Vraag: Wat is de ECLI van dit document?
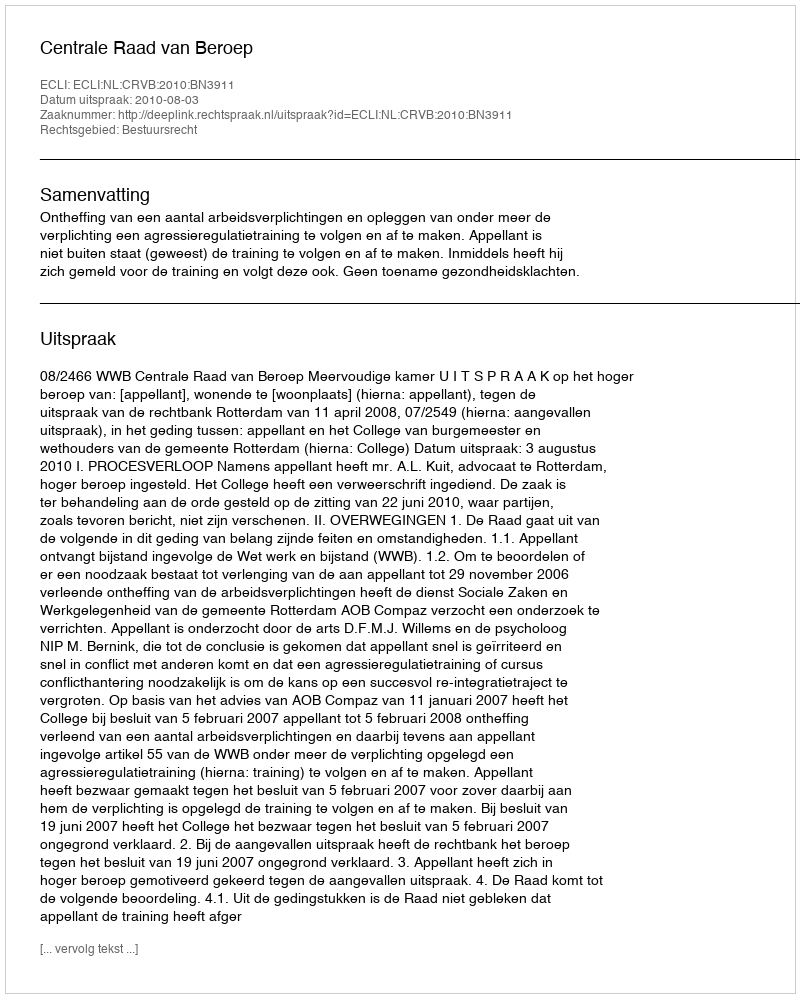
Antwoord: ECLI:NL:CRVB:2010:BN3911